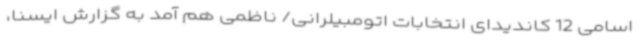
اسامی 12 کاندیدای انتخابات اتومبیلرانی/ ناظمی هم آمد به گزارش ایسنا،